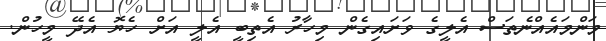
މަންމައެއްނެތަސް އެލީގެ ވަށައިގެން މިހާރު އެތިބީ އެލީ އަށް ހެޔޮ އެދޭ މީހުން.